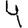
Digit: 4